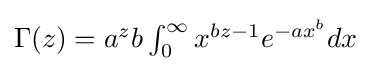
{\textstyle \Gamma (z)=a^{z}b\int _{0}^{\infty }x^{bz-1}e^{-ax^{b}}dx}